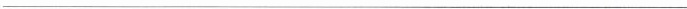
___